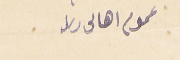
عموم اهالى ربله